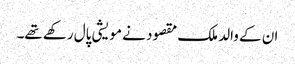
ان کے والد ملک مقصود نے مویشی پال رکھے تھے۔